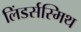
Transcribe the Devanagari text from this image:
लिंडर्सस्मिथ